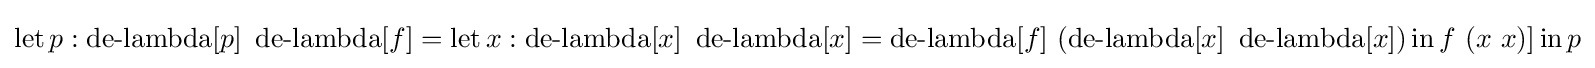
\operatorname {let} p:\operatorname {de-lambda} [p]\ \operatorname {de-lambda} [f]=\operatorname {let} x:\operatorname {de-lambda} [x]\ \operatorname {de-lambda} [x]=\operatorname {de-lambda} [f]\ (\operatorname {de-lambda} [x]\ \operatorname {de-lambda} [x])\operatorname {in} f\ (x\ x)]\operatorname {in} p